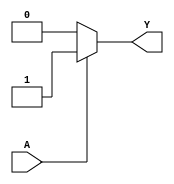
module kmap_single_variable (
    input wire A,  // Input variable
    output wire Y  // Output variable
);

// Define the values for f(0) and f(1)
// You can change these values based on your specific logic function
parameter f0 = 1'b0;  // Value of f(0) when A = 0
parameter f1 = 1'b1;  // Value of f(1) when A = 1

// Combinational logic to determine output Y based on input A
assign Y = (A == 1'b0) ? f0 : f1;

endmodule